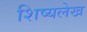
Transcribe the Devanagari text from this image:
शिष्यलेख